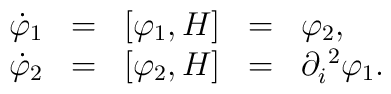
\begin{array}{rcccl}\dot{\varphi}_{1} & = & [\varphi_{1}, H] & = & \varphi_{2} , \\\dot{\varphi}_{2} & = & [\varphi_{2}, H] & = &\partial_{i}^{\makebox[1mm]{}2}\varphi_{1} .\end{array}